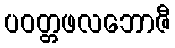
ပဝတ္တဖလဘောဇီ